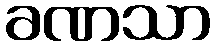
ခဏသာ